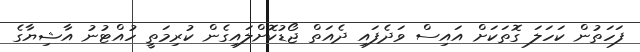
ފަހަތުން ކަހަލަ ގޮތަކަށް އައިސް ވަދެފައި ދެއަތް ޖޯޑުކޮށްލައިގެން ކުރިމަތީ ހުއްޓުނު އާޝިޔާގެ